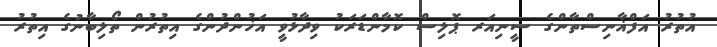
އުތުރު އަފްޣާނިސްތާންގެ ސީނިއަރ ޕޮލިސް ކޮމާންޑަރަކު ވިދާޅުވީ އަޚުންދުންގެ އިތުރުން ތޯލިބާނުގެ އިތުރު